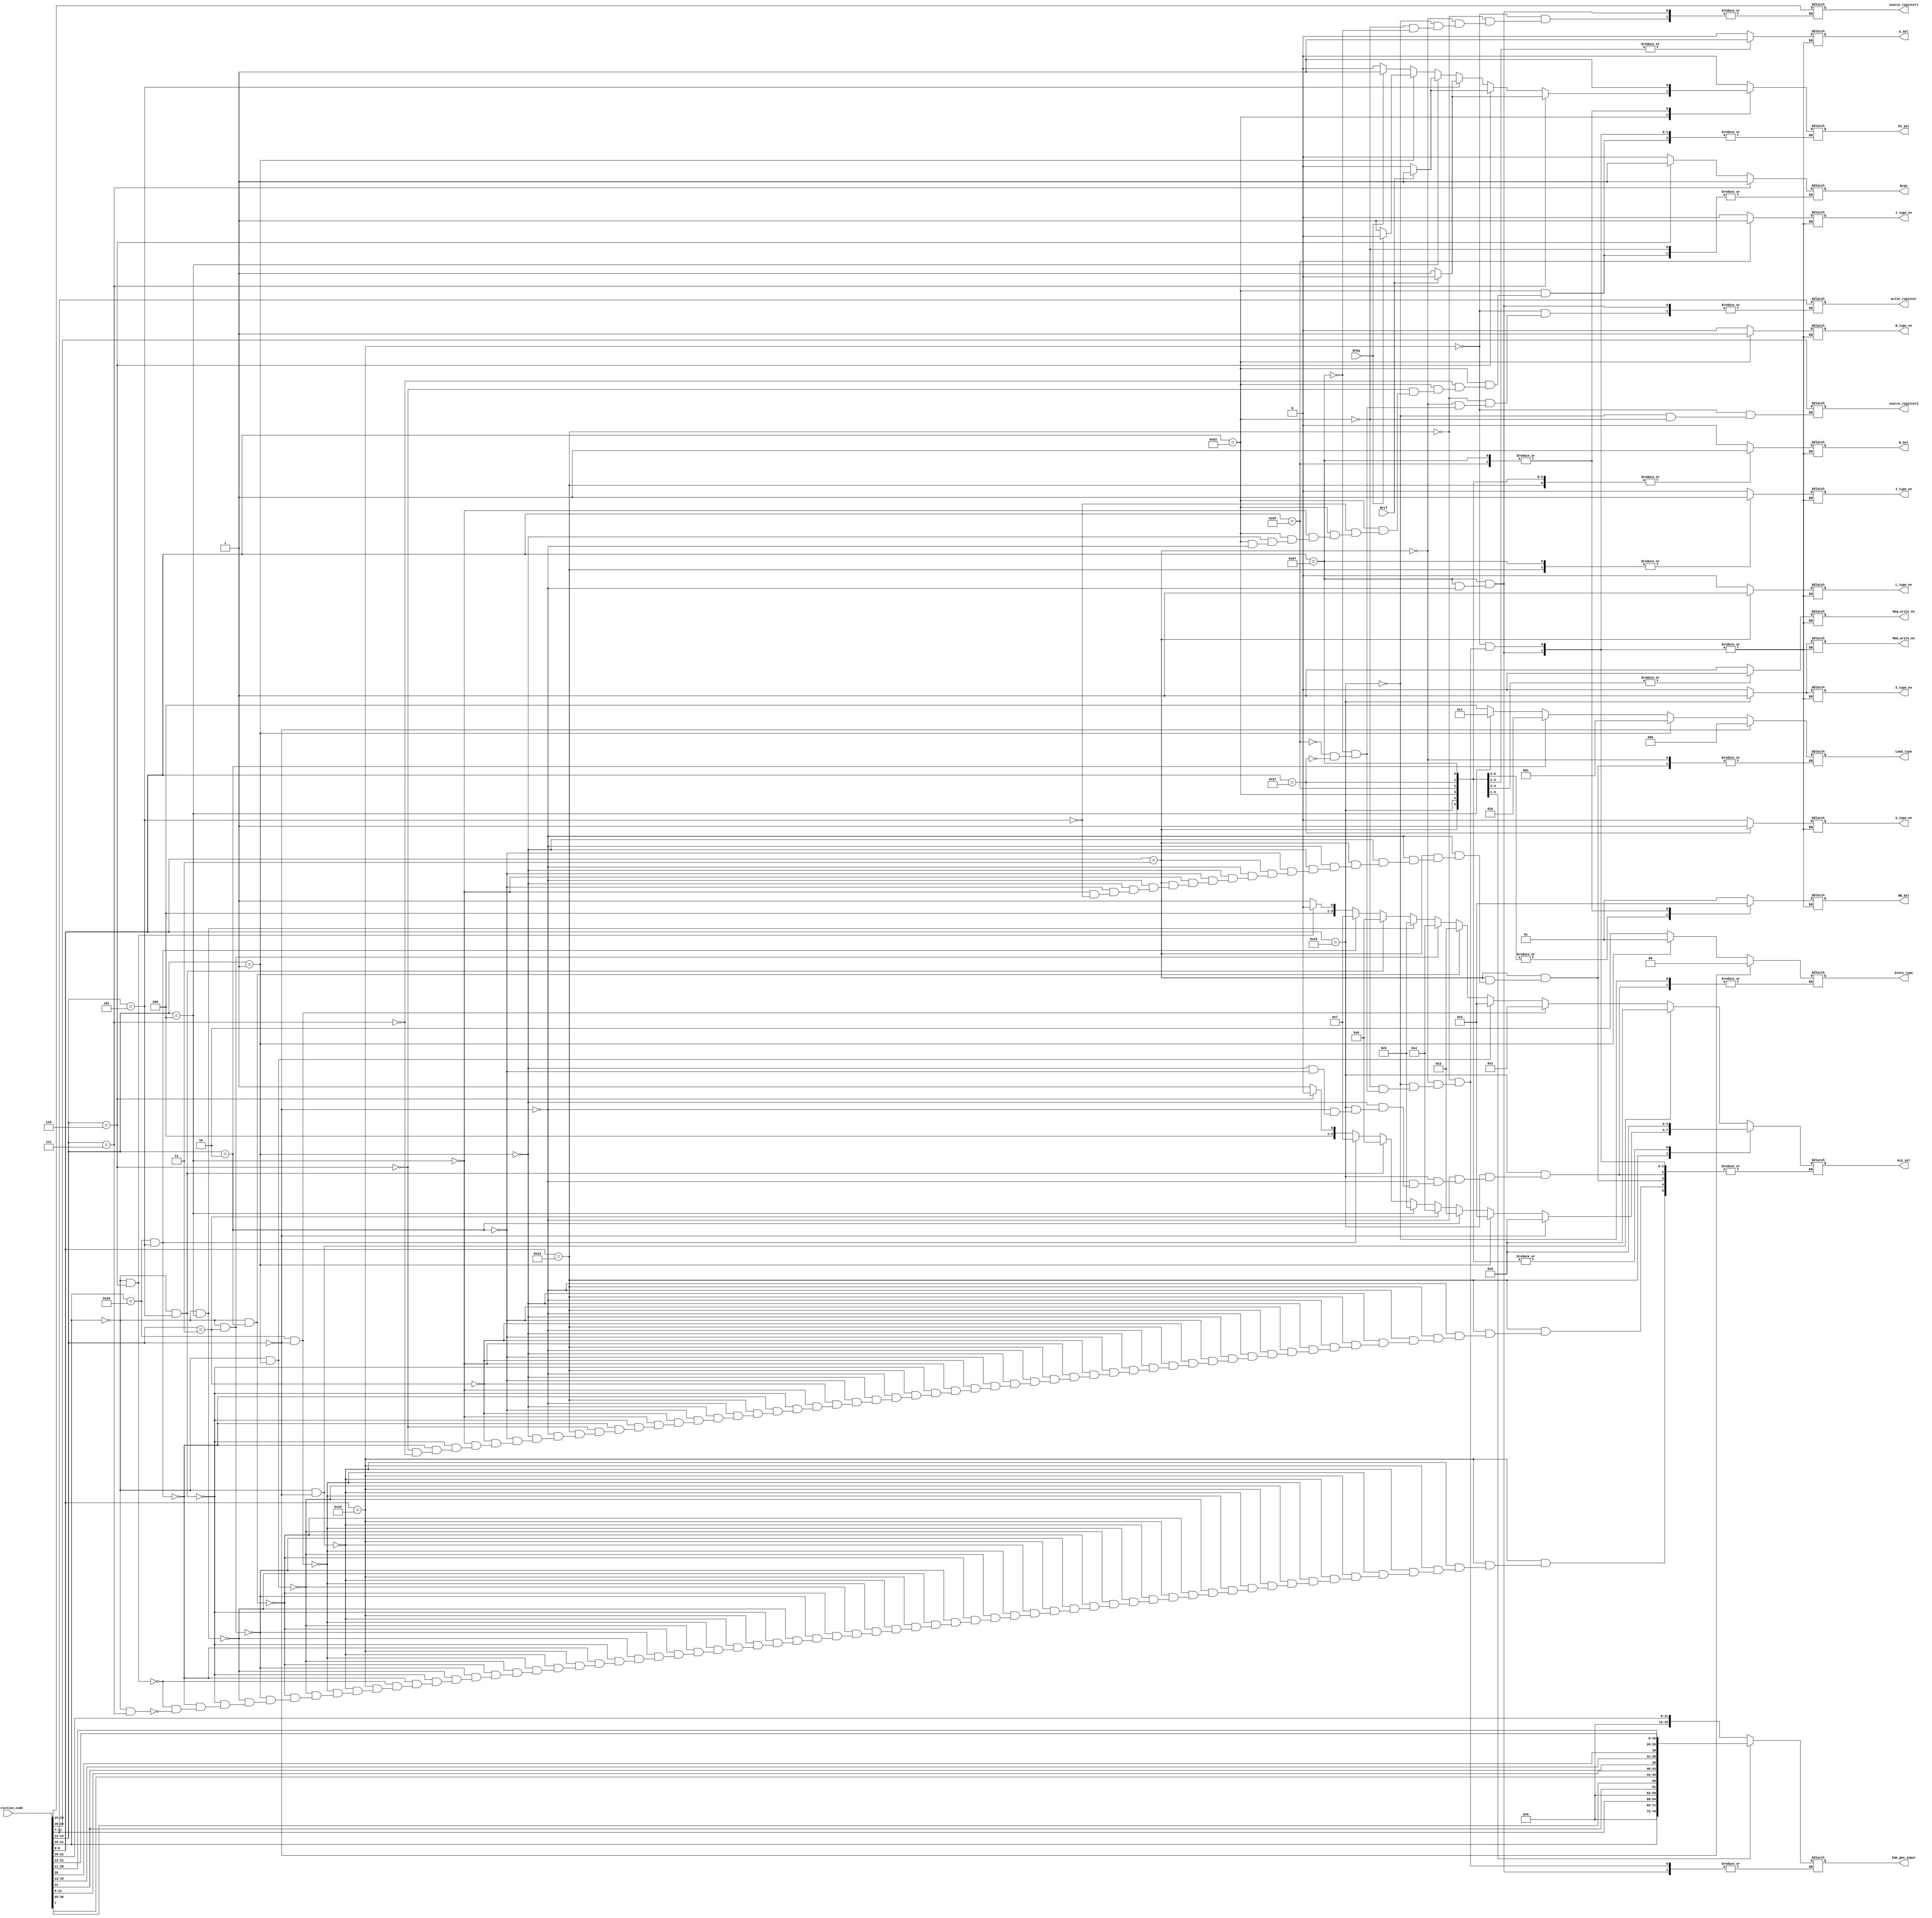
`timescale 1ns / 1ns

module CU(Instruction_code, source_register1, source_register2, Imm_gen_input, write_register, ALU_sel, Reg_write_en, Mem_write_en, I_type_en, L_type_en, S_type_en, B_type_en, J_type_en, U_type_en, A_Sel, B_Sel, BrLT, BrEq, BrUn, PC_Sel,  Load_type, Store_type, WB_Sel);

input [31:0] Instruction_code;
input BrLT, BrEq;
output reg Reg_write_en, I_type_en, B_Sel, L_type_en, S_type_en, Mem_write_en, B_type_en, A_Sel, BrUn, PC_Sel, J_type_en, U_type_en;
output reg [3:0] ALU_sel;
output reg [4:0] source_register1, source_register2, write_register;
output reg [19:0] Imm_gen_input;
output reg [2:0] Load_type;
output reg [1:0] Store_type, WB_Sel;


always@(*)

begin //Opcode open

	case(Instruction_code[6:0]) //Opcode checking
	
	7'b0110011:     //R-type
	begin //R-type open
		//
		I_type_en = 0;
		L_type_en = 0;
		S_type_en = 0;
		B_type_en = 0;
		J_type_en = 0;
		U_type_en = 0;
		Reg_write_en = 1;
		Mem_write_en = 0;
		A_Sel = 0;
		B_Sel = 0;
		WB_Sel = 2'd1;
		PC_Sel = 0;
		//
		source_register1 = Instruction_code[19:15];
		source_register2 = Instruction_code[24:20];
		write_register = Instruction_code[11:7];
		//
		
		if (Instruction_code[31:25]==7'b0000000 && Instruction_code[14:12]==3'b000)
		begin
			ALU_sel = 4'd0;
		end
		
		else if (Instruction_code[31:25]==7'b0100000 && Instruction_code[14:12]==3'b000)
		begin
			ALU_sel = 4'd1;
		end
		
		else if (Instruction_code[31:25]==7'b0000000 && Instruction_code[14:12]==3'b001)
		begin
			ALU_sel = 4'd2;
		end
		
		else if (Instruction_code[31:25]==7'b0000000 && Instruction_code[14:12]==3'b010)
		begin
			ALU_sel = 4'd3;
		end
		
		else if (Instruction_code[31:25]==7'b0000000 && Instruction_code[14:12]==3'b011)
		begin
			ALU_sel = 4'd4;
		end
		
		else if (Instruction_code[31:25]==7'b0000000 && Instruction_code[14:12]==3'b100)
		begin
			ALU_sel = 4'd5;
		end
		
		else if (Instruction_code[31:25]==7'b0000000 && Instruction_code[14:12]==3'b101)
		begin
			ALU_sel = 4'd6;
		end
		
		else if (Instruction_code[31:25]==7'b0100000 && Instruction_code[14:12]==3'b101)
		begin
			ALU_sel = 4'd7;
		end
		
		else if (Instruction_code[31:25]==7'b0000000 && Instruction_code[14:12]==3'b110)
		begin
			ALU_sel = 4'd8;
		end
		
		else if (Instruction_code[31:25]==7'b0000000 && Instruction_code[14:12]==3'b111)
		begin
			ALU_sel = 4'd9;
		end
	end //Closing R-type
	
	7'b0010011:  //I-type
	begin        //I-type open
		//
		I_type_en = 1;
		L_type_en = 0;
		S_type_en = 0;
		B_type_en = 0;
		J_type_en = 0;
		U_type_en = 0;
		Reg_write_en = 1;
		Mem_write_en = 0;
		A_Sel = 0;
		B_Sel = 1;
		WB_Sel = 2'd1;
		PC_Sel = 0;
		//
		source_register1 = Instruction_code[19:15];
		write_register = Instruction_code[11:7];
		Imm_gen_input = { 8'd0, {Instruction_code[31:20]}};
		//
		
		if (Instruction_code[14:12]==3'b000)
		begin
			ALU_sel = 4'd0;
		end
		
		else if (Instruction_code[14:12]==3'b001)
		begin
			ALU_sel = 4'd2;
		end
		
		else if (Instruction_code[14:12]==3'b010)
		begin
			ALU_sel = 4'd3;
		end
		
		else if (Instruction_code[14:12]==3'b011)
		begin
			ALU_sel = 4'd4;
		end
		
		else if (Instruction_code[14:12]==3'b100)
		begin
			ALU_sel = 4'd5;
		end
		
		else if (Instruction_code[31:25]==7'b0000000 && Instruction_code[14:12]==3'b101)
		begin
			ALU_sel = 4'd6;
		end
		
		else if (Instruction_code[31:25]==7'b0100000 && Instruction_code[14:12]==3'b101)
		begin
			ALU_sel = 4'd7;
		end
		
		else if (Instruction_code[14:12]==3'b110)
		begin
			ALU_sel = 4'd8;
		end
		
		else if (Instruction_code[14:12]==3'b111)
		begin
			ALU_sel = 4'd9;
		end
	end    //Closing I-type
	
	7'b0000011:
	begin       //Load type
		//
		I_type_en = 0;
		L_type_en = 1;
		S_type_en = 0;
		B_type_en = 0;
		J_type_en = 0;
		U_type_en = 0;
		Reg_write_en = 1;
		Mem_write_en = 0;
		A_Sel = 0;
		B_Sel = 1;
		WB_Sel = 2'd0;
		PC_Sel = 0;
		//
		source_register1 = Instruction_code[19:15];
		write_register = Instruction_code[11:7];
		Imm_gen_input = { 8'd0, {Instruction_code[31:20]}};
		//
		
		if (Instruction_code[14:12]==3'b000)
		begin
			Load_type = 3'd0;
			ALU_sel = 4'd0;
		end
		
		else if (Instruction_code[14:12]==3'b001)
		begin
			Load_type = 3'd1;
			ALU_sel = 4'd0;
		end
		
		else if (Instruction_code[14:12]==3'b010)
		begin
			Load_type = 3'd2;
			ALU_sel = 4'd0;
		end
		
		else if (Instruction_code[14:12]==3'b100)
		begin
			Load_type = 3'd3;
			ALU_sel = 4'd0;
		end
		
		else if (Instruction_code[14:12]==3'b101)
		begin
			Load_type = 3'd4;
			ALU_sel = 4'd0;
		end
	end     // Closing Load
	
	7'b0100011: //Store type
	begin       //Open store type
		//
		I_type_en = 0;
		L_type_en = 0;
		S_type_en = 1;
		B_type_en = 0;
		J_type_en = 0;
		U_type_en = 0;
		Reg_write_en = 0;
		Mem_write_en = 1;
		A_Sel = 0;
		B_Sel = 1;
		WB_Sel = 2'd0;
		PC_Sel = 0;
		//
		source_register1 = Instruction_code[19:15];
		source_register2 = Instruction_code[24:20];
		Imm_gen_input = { 8'd0, {Instruction_code[31:25]}, {Instruction_code[11:7]}};
		//
		
		if (Instruction_code[14:12]==3'b000)
		begin
			Store_type = 3'd0;
			ALU_sel = 4'd0;
		end
		
		else if (Instruction_code[14:12]==3'b001)
		begin
			Store_type = 3'd1;
			ALU_sel = 4'd0;
		end
		
		else if (Instruction_code[14:12]==3'b010)
		begin
			Store_type = 3'd2;
			ALU_sel = 4'd0;
		end
	end   // Closing Store type
	
	7'b1100011:  //Branch type
	begin        // Branch type open
		//
		I_type_en = 0;
		L_type_en = 0;
		S_type_en = 0;
		B_type_en = 1;
		J_type_en = 0;
		U_type_en = 0;
		Reg_write_en = 0;
		Mem_write_en = 0;
		A_Sel = 1;
		B_Sel = 1;
		WB_Sel = 2'd0;
		//
		ALU_sel = 4'd0;   // For the cases of PC + imm
		//
		source_register1 = Instruction_code[19:15];
		source_register2 = Instruction_code[24:20];
		Imm_gen_input = { 8'd0, {Instruction_code[31]}, {Instruction_code[7]}, {Instruction_code[30:25]}, {Instruction_code[11:8]}};
		//
		
		if (Instruction_code[14:12]==3'b000)
		begin
			BrUn = 0;
			
			if (BrEq == 1)
			begin
				PC_Sel = 1;
			end
			else
			begin
				PC_Sel = 0;
			end
			
		end
		
		if (Instruction_code[14:12]==3'b001)
		begin
			BrUn = 0;
			
			if (BrEq == 1)
			begin
				PC_Sel = 0;
			end
			else
			begin
				PC_Sel = 1;
			end
			
		end
		
		if (Instruction_code[14:12]==3'b100)
		begin
			BrUn = 0;
			
			if (BrLT == 1)
			begin
				PC_Sel = 1;
			end
			else
			begin
				PC_Sel = 0;
			end
			
		end
		
		if (Instruction_code[14:12]==3'b101)
		begin
			BrUn = 0;
			
			if (BrLT == 0)
			begin
				PC_Sel = 1;
			end
			else
			begin
				PC_Sel = 0;
			end
			
		end
		
		if (Instruction_code[14:12]==3'b110)
		begin
			BrUn = 1;
			
			if (BrLT == 1)
			begin
				PC_Sel = 1;
			end
			else
			begin
				PC_Sel = 0;
			end
			
		end
		
		if (Instruction_code[14:12]==3'b111)
		begin
			BrUn = 1;
			
			if (BrLT == 0)
			begin
				PC_Sel = 1;
			end
			else
			begin
				PC_Sel = 0;
			end
			
		end
	
	end          //Closing Branch type
	
	7'b1100111:  //Starting jalr
	begin
		if (Instruction_code[14:12]==3'b000)
		begin
			//
			I_type_en = 1;
			L_type_en = 0;
			S_type_en = 0;
			B_type_en = 0;
			J_type_en = 0;
			U_type_en = 0;
			Reg_write_en = 1;
			Mem_write_en = 0;
			A_Sel = 0;
			B_Sel = 1;
			WB_Sel = 2'd2;
			PC_Sel = 1;
			//
			ALU_sel = 4'd0;   // For the cases of PC + imm
			//
			source_register1 = Instruction_code[19:15];
			write_register = Instruction_code[11:7];
			Imm_gen_input = { 8'd0, {Instruction_code[31:20]}};
			//
		end
	end         //Closing jalr
	
	7'b1101111:  //Starting jal
	begin
		//
		I_type_en = 0;
		L_type_en = 0;
		S_type_en = 0;
		B_type_en = 0;
		J_type_en = 1;
		U_type_en = 0;
		Reg_write_en = 1;
		Mem_write_en = 0;
		A_Sel = 1;
		B_Sel = 1;
		WB_Sel = 2'd2;
		PC_Sel = 1;
		//
		ALU_sel = 4'd0;   // For the cases of PC + imm
		//
		write_register = Instruction_code[11:7];
		Imm_gen_input = { {Instruction_code[31]}, {Instruction_code[19:12]}, {Instruction_code[20]}, {Instruction_code[30:21]} };
		//
	end         //Closing jal
	
	7'b0110111:  //Starting lui
	begin
		//
		I_type_en = 0;
		L_type_en = 0;
		S_type_en = 0;
		B_type_en = 0;
		J_type_en = 0;
		U_type_en = 1;
		Reg_write_en = 1;
		Mem_write_en = 0;
		A_Sel = 0;
		B_Sel = 1;
		WB_Sel = 2'd1;
		PC_Sel = 0;
		//
		ALU_sel = 4'd0;   // For the cases of PC + imm
		//
		write_register = Instruction_code[11:7];
		Imm_gen_input = { {Instruction_code[31:12]} };
		//
	end         //Closing lui
	
	7'b0110111:  //Starting auipc
	begin
		//
		I_type_en = 0;
		L_type_en = 0;
		S_type_en = 0;
		B_type_en = 0;
		J_type_en = 0;
		U_type_en = 1;
		Reg_write_en = 1;
		Mem_write_en = 0;
		A_Sel = 1;
		B_Sel = 1;
		WB_Sel = 2'd1;
		PC_Sel = 0;
		//
		ALU_sel = 4'd0;   // For the cases of PC + imm
		//
		write_register = Instruction_code[11:7];
		Imm_gen_input = { {Instruction_code[31:12]} };
		//
	end         //Closing auipc
	
	endcase  //Opcode checking closed

end // Opcode closing

endmodule